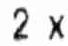
2 X